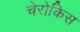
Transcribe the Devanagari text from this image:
चेरोकिस